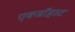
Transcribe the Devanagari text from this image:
एक्जाॅहस्ट